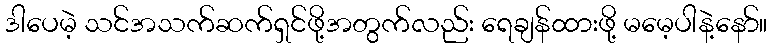
ဒါပေမဲ့ သင်အသက်ဆက်ရှင်ဖို့အတွက်လည်း ရေချန်ထားဖို့ မမေ့ပါနဲ့နော်။